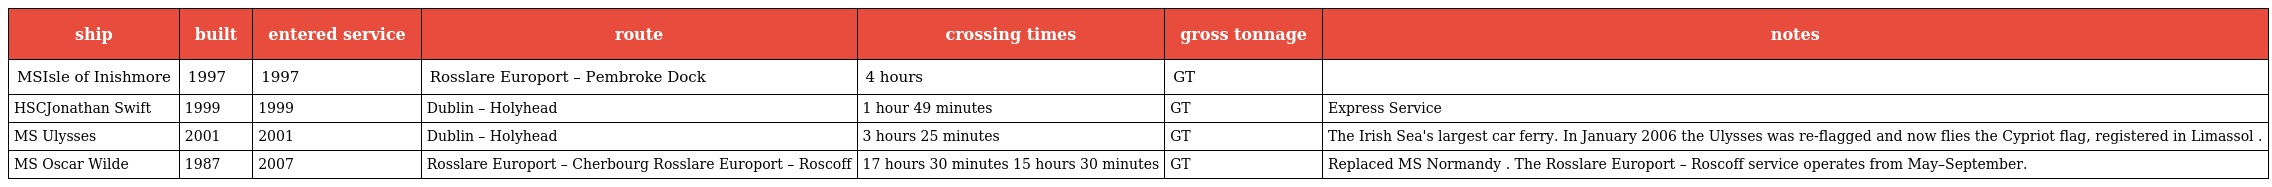
| ship | built | entered service | route | crossing times | gross tonnage | notes |
 | --- | --- | --- | --- | --- | --- | --- |
 | MSIsle of Inishmore | 1997 | 1997 | Rosslare Europort – Pembroke Dock | 4 hours | GT |  |
 | HSCJonathan Swift | 1999 | 1999 | Dublin – Holyhead | 1 hour 49 minutes | GT | Express Service |
 | MS Ulysses | 2001 | 2001 | Dublin – Holyhead | 3 hours 25 minutes | GT | The Irish Sea's largest car ferry. In January 2006 the Ulysses was re-flagged and now flies the Cypriot flag, registered in Limassol . |
 | MS Oscar Wilde | 1987 | 2007 | Rosslare Europort – Cherbourg Rosslare Europort – Roscoff | 17 hours 30 minutes 15 hours 30 minutes | GT | Replaced MS Normandy . The Rosslare Europort – Roscoff service operates from May–September. |